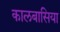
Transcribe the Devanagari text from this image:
कालबासिया